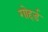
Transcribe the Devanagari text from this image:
गोद्दर्ड